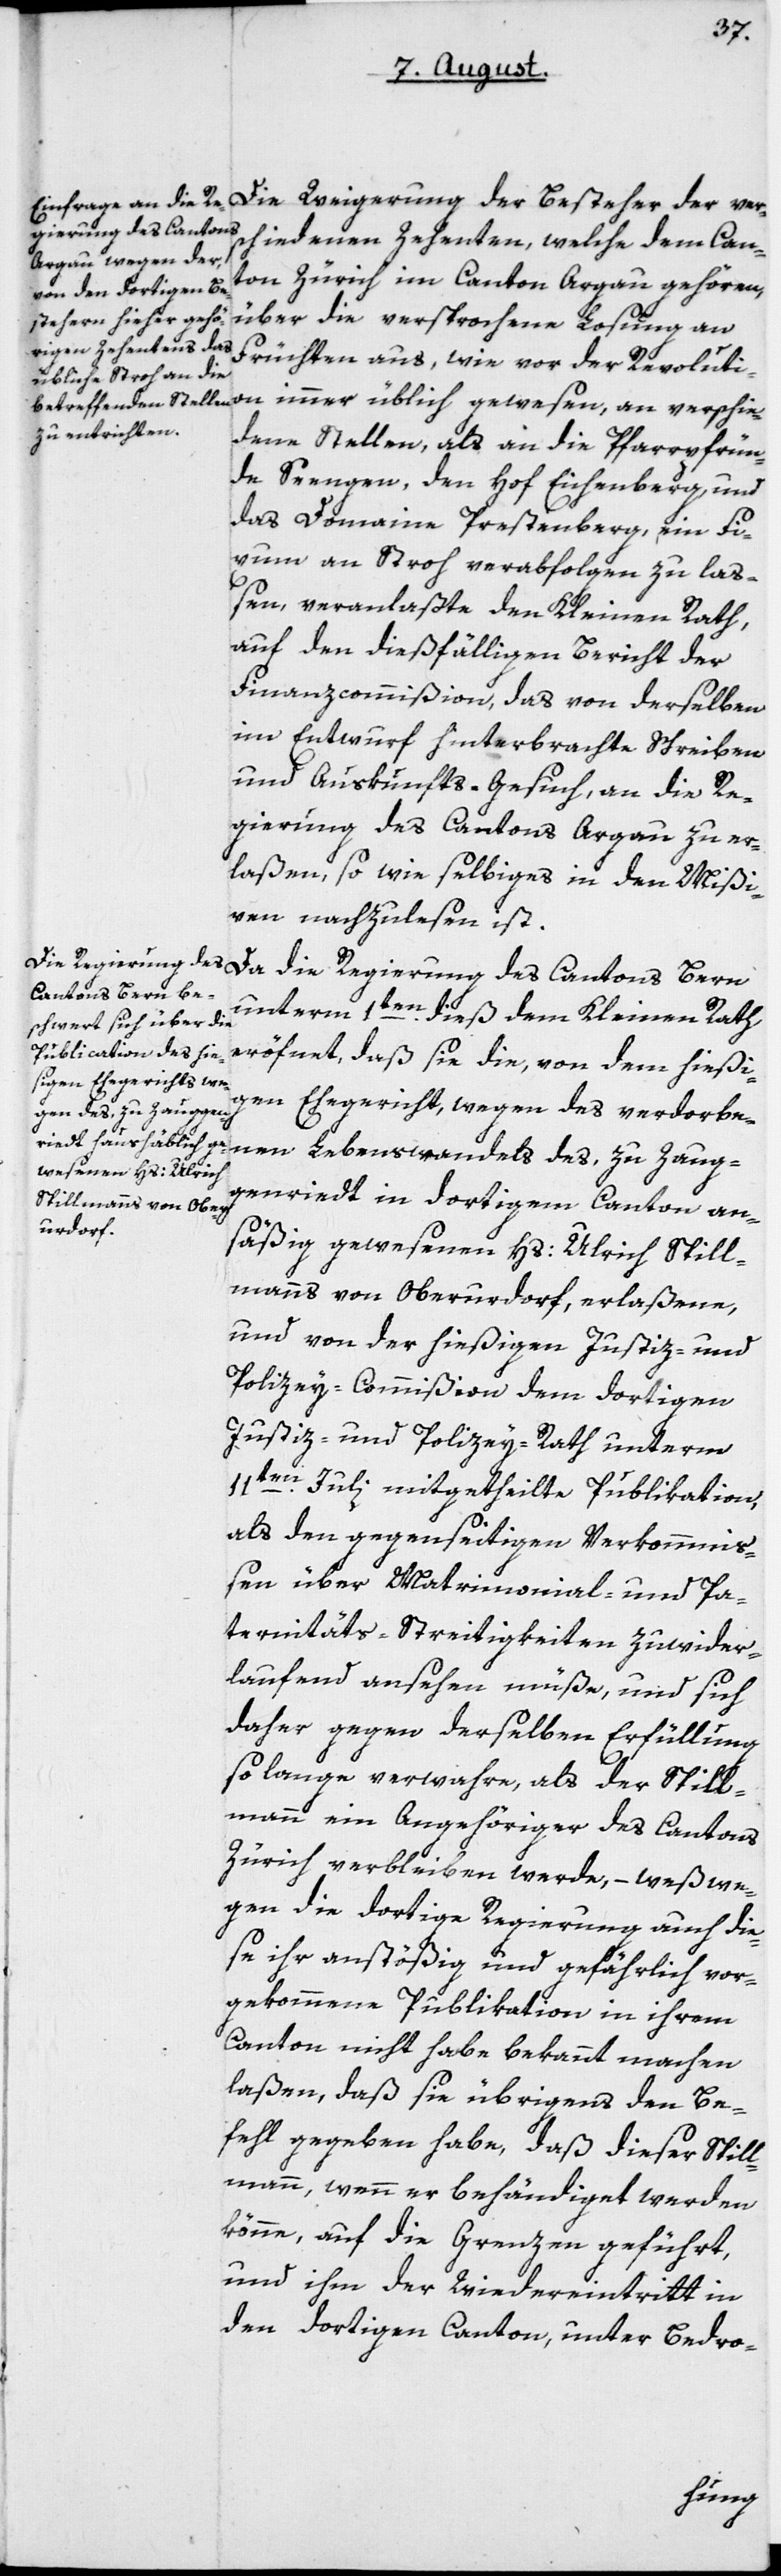
Die Weigerung der Besteher der ver¬
schiedenen Zehenten, welche dem Can¬
ton Zürich im Canton Argau gehören,
über die versprochene Losung an
Früchten aus, wie vor der Revoluti¬
on immer üblich gewesen, an verschie¬
dene Stellen, als an die Pfarrpfrün¬
de Seengen, den Hof Eichenberg und
das Domaine Prestenberg, ein Fix¬
um an Stroh verabfolgen zu laß¬
en, veranlaßte den Kleinen Rath,
auf den dießfälligen Bericht der
Finanzcommißion, das von derselben
im Entwurf hinterbrachte Schreiben
und Auskunfts-Gesuch, an die Re¬
gierung des Cantons Argau zu er¬
laßen, so wie Selbiges in den Mißi¬
ven nachzulesen ist.
Da die Regierung des Cantons Bern
unterm 1ten dieß dem Kleinen Rath
eröffnet, daß sie die, von dem hießi¬
gen Ehegericht wegen des verdorbenen
des, zu Zaugg¬
enriedt in dortigem Canton an¬
säßig gewesenen Hs. Ulrich Spill¬
manns von Oberurdorf, erlaßene,
und von der hießigen Justiz- und
Policeycommißion dem dortigen
Justiz- und Policeyrath unterm
11ten Julii mitgetheilte Publication,
als den gegenseitigen Verkommni¬
ßen über Matrimonial- und Pa¬
ternitäts-Streitigkeiten zuwider¬
laufend ansehen müße, und sich
daher gegen derselben Erfüllung
so lange verwahre, als der Spill¬
mann ein Angehöriger des Cantons
Zürich verbleiben werde, – weswe¬
gen die dortige Regierung auch die¬
se ihr anstößig und gefährlich vor¬
gekommene Publikation in ihrem
Canton nicht habe bekannt machen
laßen, daß sie übrigens den Be¬
fehl gegeben habe, daß dieser Spill¬
mann, wenn er behändiget werden
könne, auf die Grenzen geführt,
und ihm der Wiedereintritt in
den dortigen Canton, unter Bedro-